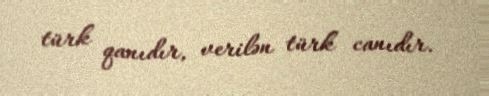
türk qanıdır, verilən türk canıdır.